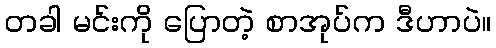
တခါ မင်းကို ပြောတဲ့ စာအုပ်က ဒီဟာပဲ။